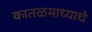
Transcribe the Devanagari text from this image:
कातळमाथ्याचे